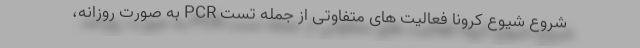
شروع شیوع کرونا فعالیت های متفاوتی از جمله تست PCR به صورت روزانه،